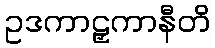
ဥဒကာဠှကာနီတိ